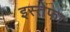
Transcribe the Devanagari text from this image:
इस्तेफा